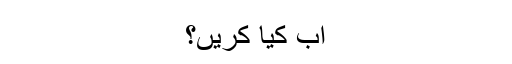
اب کیا کریں؟